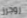
روجرز